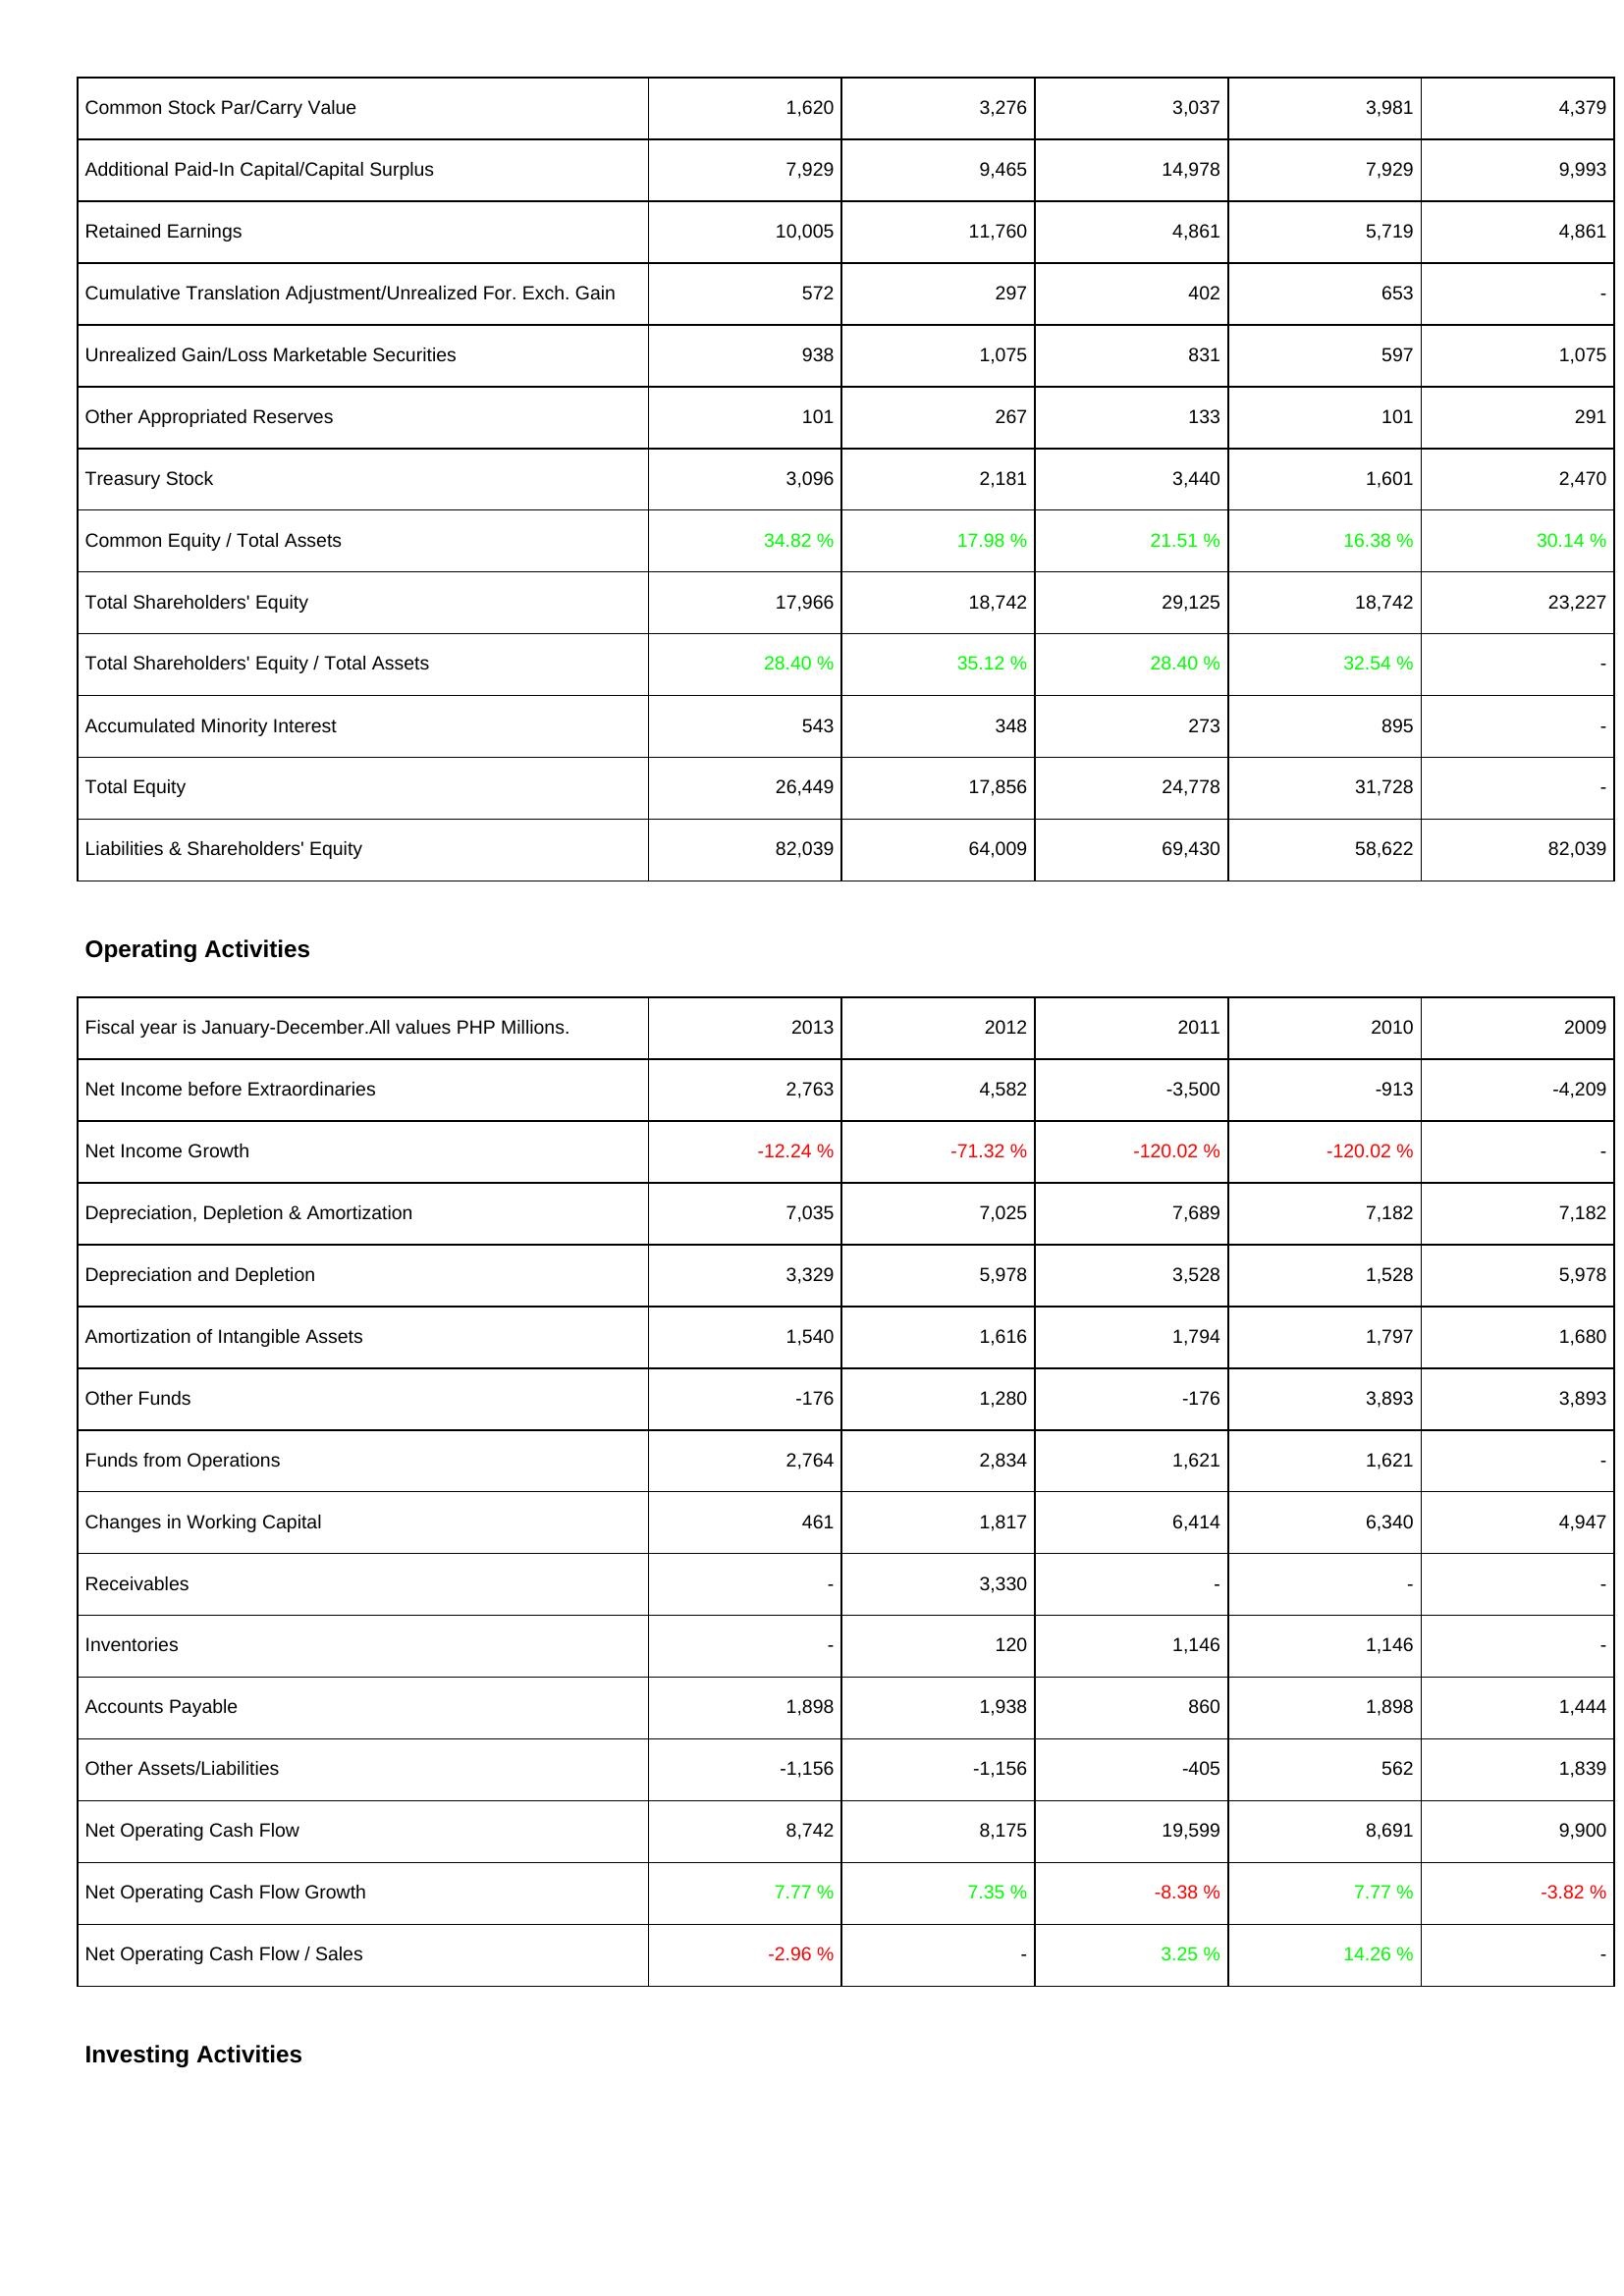
2013: Liabilities & Shareholders' Equity: Common Stock Par/Carry Value: 1,620
Additional Paid-In Capital/Capital Surplus: 7,929
Retained Earnings: 10,005
Cumulative Translation Adjustment/Unrealized For. Exch. Gain: 572
Unrealized Gain/Loss Marketable Securities: 938
Other Appropriated Reserves: 101
Treasury Stock: 3,096
Common Equity / Total Assets: 34.82 %
Total Shareholders' Equity: 17,966
Total Shareholders' Equity / Total Assets: 28.40 %
Accumulated Minority Interest: 543
Total Equity: 26,449
Liabilities & Shareholders' Equity: 82,039
Operating Activities: Net Income before Extraordinaries: 2,763
Net Income Growth: -12.24 %
Depreciation, Depletion & Amortization: 7,035
Depreciation and Depletion: 3,329
Amortization of Intangible Assets: 1,540
Other Funds: -176
Funds from Operations: 2,764
Changes in Working Capital: 461
Receivables: -
Inventories: -
Accounts Payable: 1,898
Other Assets/Liabilities: -1,156
Net Operating Cash Flow: 8,742
Net Operating Cash Flow Growth: 7.77 %
Net Operating Cash Flow / Sales: -2.96 %
2012: Liabilities & Shareholders' Equity: Common Stock Par/Carry Value: 3,276
Additional Paid-In Capital/Capital Surplus: 9,465
Retained Earnings: 11,760
Cumulative Translation Adjustment/Unrealized For. Exch. Gain: 297
Unrealized Gain/Loss Marketable Securities: 1,075
Other Appropriated Reserves: 267
Treasury Stock: 2,181
Common Equity / Total Assets: 17.98 %
Total Shareholders' Equity: 18,742
Total Shareholders' Equity / Total Assets: 35.12 %
Accumulated Minority Interest: 348
Total Equity: 17,856
Liabilities & Shareholders' Equity: 64,009
Operating Activities: Net Income before Extraordinaries: 4,582
Net Income Growth: -71.32 %
Depreciation, Depletion & Amortization: 7,025
Depreciation and Depletion: 5,978
Amortization of Intangible Assets: 1,616
Other Funds: 1,280
Funds from Operations: 2,834
Changes in Working Capital: 1,817
Receivables: 3,330
Inventories: 120
Accounts Payable: 1,938
Other Assets/Liabilities: -1,156
Net Operating Cash Flow: 8,175
Net Operating Cash Flow Growth: 7.35 %
Net Operating Cash Flow / Sales: -
2011: Liabilities & Shareholders' Equity: Common Stock Par/Carry Value: 3,037
Additional Paid-In Capital/Capital Surplus: 14,978
Retained Earnings: 4,861
Cumulative Translation Adjustment/Unrealized For. Exch. Gain: 402
Unrealized Gain/Loss Marketable Securities: 831
Other Appropriated Reserves: 133
Treasury Stock: 3,440
Common Equity / Total Assets: 21.51 %
Total Shareholders' Equity: 29,125
Total Shareholders' Equity / Total Assets: 28.40 %
Accumulated Minority Interest: 273
Total Equity: 24,778
Liabilities & Shareholders' Equity: 69,430
Operating Activities: Net Income before Extraordinaries: -3,500
Net Income Growth: -120.02 %
Depreciation, Depletion & Amortization: 7,689
Depreciation and Depletion: 3,528
Amortization of Intangible Assets: 1,794
Other Funds: -176
Funds from Operations: 1,621
Changes in Working Capital: 6,414
Receivables: -
Inventories: 1,146
Accounts Payable: 860
Other Assets/Liabilities: -405
Net Operating Cash Flow: 19,599
Net Operating Cash Flow Growth: -8.38 %
Net Operating Cash Flow / Sales: 3.25 %
2010: Liabilities & Shareholders' Equity: Common Stock Par/Carry Value: 3,981
Additional Paid-In Capital/Capital Surplus: 7,929
Retained Earnings: 5,719
Cumulative Translation Adjustment/Unrealized For. Exch. Gain: 653
Unrealized Gain/Loss Marketable Securities: 597
Other Appropriated Reserves: 101
Treasury Stock: 1,601
Common Equity / Total Assets: 16.38 %
Total Shareholders' Equity: 18,742
Total Shareholders' Equity / Total Assets: 32.54 %
Accumulated Minority Interest: 895
Total Equity: 31,728
Liabilities & Shareholders' Equity: 58,622
Operating Activities: Net Income before Extraordinaries: -913
Net Income Growth: -120.02 %
Depreciation, Depletion & Amortization: 7,182
Depreciation and Depletion: 1,528
Amortization of Intangible Assets: 1,797
Other Funds: 3,893
Funds from Operations: 1,621
Changes in Working Capital: 6,340
Receivables: -
Inventories: 1,146
Accounts Payable: 1,898
Other Assets/Liabilities: 562
Net Operating Cash Flow: 8,691
Net Operating Cash Flow Growth: 7.77 %
Net Operating Cash Flow / Sales: 14.26 %
2009: Liabilities & Shareholders' Equity: Common Stock Par/Carry Value: 4,379
Additional Paid-In Capital/Capital Surplus: 9,993
Retained Earnings: 4,861
Cumulative Translation Adjustment/Unrealized For. Exch. Gain: -
Unrealized Gain/Loss Marketable Securities: 1,075
Other Appropriated Reserves: 291
Treasury Stock: 2,470
Common Equity / Total Assets: 30.14 %
Total Shareholders' Equity: 23,227
Total Shareholders' Equity / Total Assets: -
Accumulated Minority Interest: -
Total Equity: -
Liabilities & Shareholders' Equity: 82,039
Operating Activities: Net Income before Extraordinaries: -4,209
Net Income Growth: -
Depreciation, Depletion & Amortization: 7,182
Depreciation and Depletion: 5,978
Amortization of Intangible Assets: 1,680
Other Funds: 3,893
Funds from Operations: -
Changes in Working Capital: 4,947
Receivables: -
Inventories: -
Accounts Payable: 1,444
Other Assets/Liabilities: 1,839
Net Operating Cash Flow: 9,900
Net Operating Cash Flow Growth: -3.82 %
Net Operating Cash Flow / Sales: -